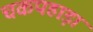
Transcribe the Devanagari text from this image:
चकपहाड़ा